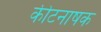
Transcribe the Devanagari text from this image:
कीटनाषक